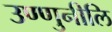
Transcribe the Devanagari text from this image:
उण्णुनीलि